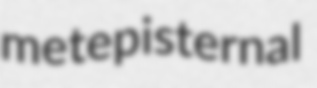
metepisternal